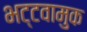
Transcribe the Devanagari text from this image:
भट्टवामुक